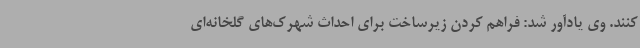
کنند. وی یادآور شد: فراهم کردن زیرساخت برای احداث شهرک‌های گلخانه‌ای